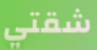
شقتي